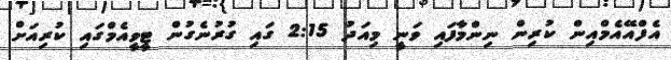
އެފްއޭއެމްއިން ކުރިން ނިންމާފައި ވަނީ މިއަދު 2:15 ގައި ގުރުނެގުން ޓީވީއެމްގައި ކުރިއަށް